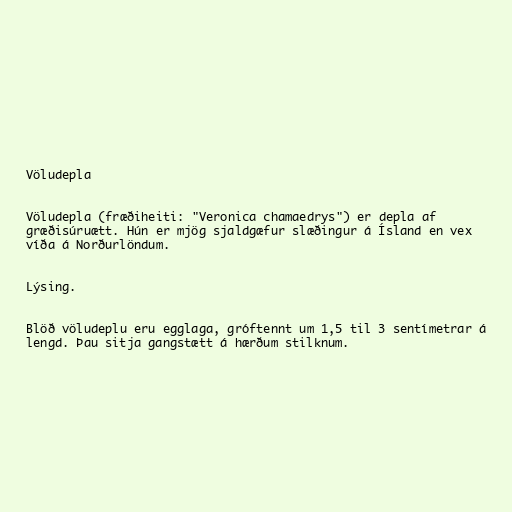
Völudepla

Völudepla (fræðiheiti: "Veronica chamaedrys") er depla af
græðisúruætt. Hún er mjög sjaldgæfur slæðingur á Ísland en vex
víða á Norðurlöndum.

Lýsing.

Blöð völudeplu eru egglaga, gróftennt um 1,5 til 3 sentímetrar á
lengd. Þau sitja gangstætt á hærðum stilknum.